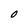
Character: O